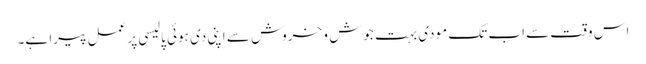
اس وقت سے اب تک مودی بہت جوش و خروش سے اپنی دی ہوئی پالیسی پر عمل پیرا ہے۔